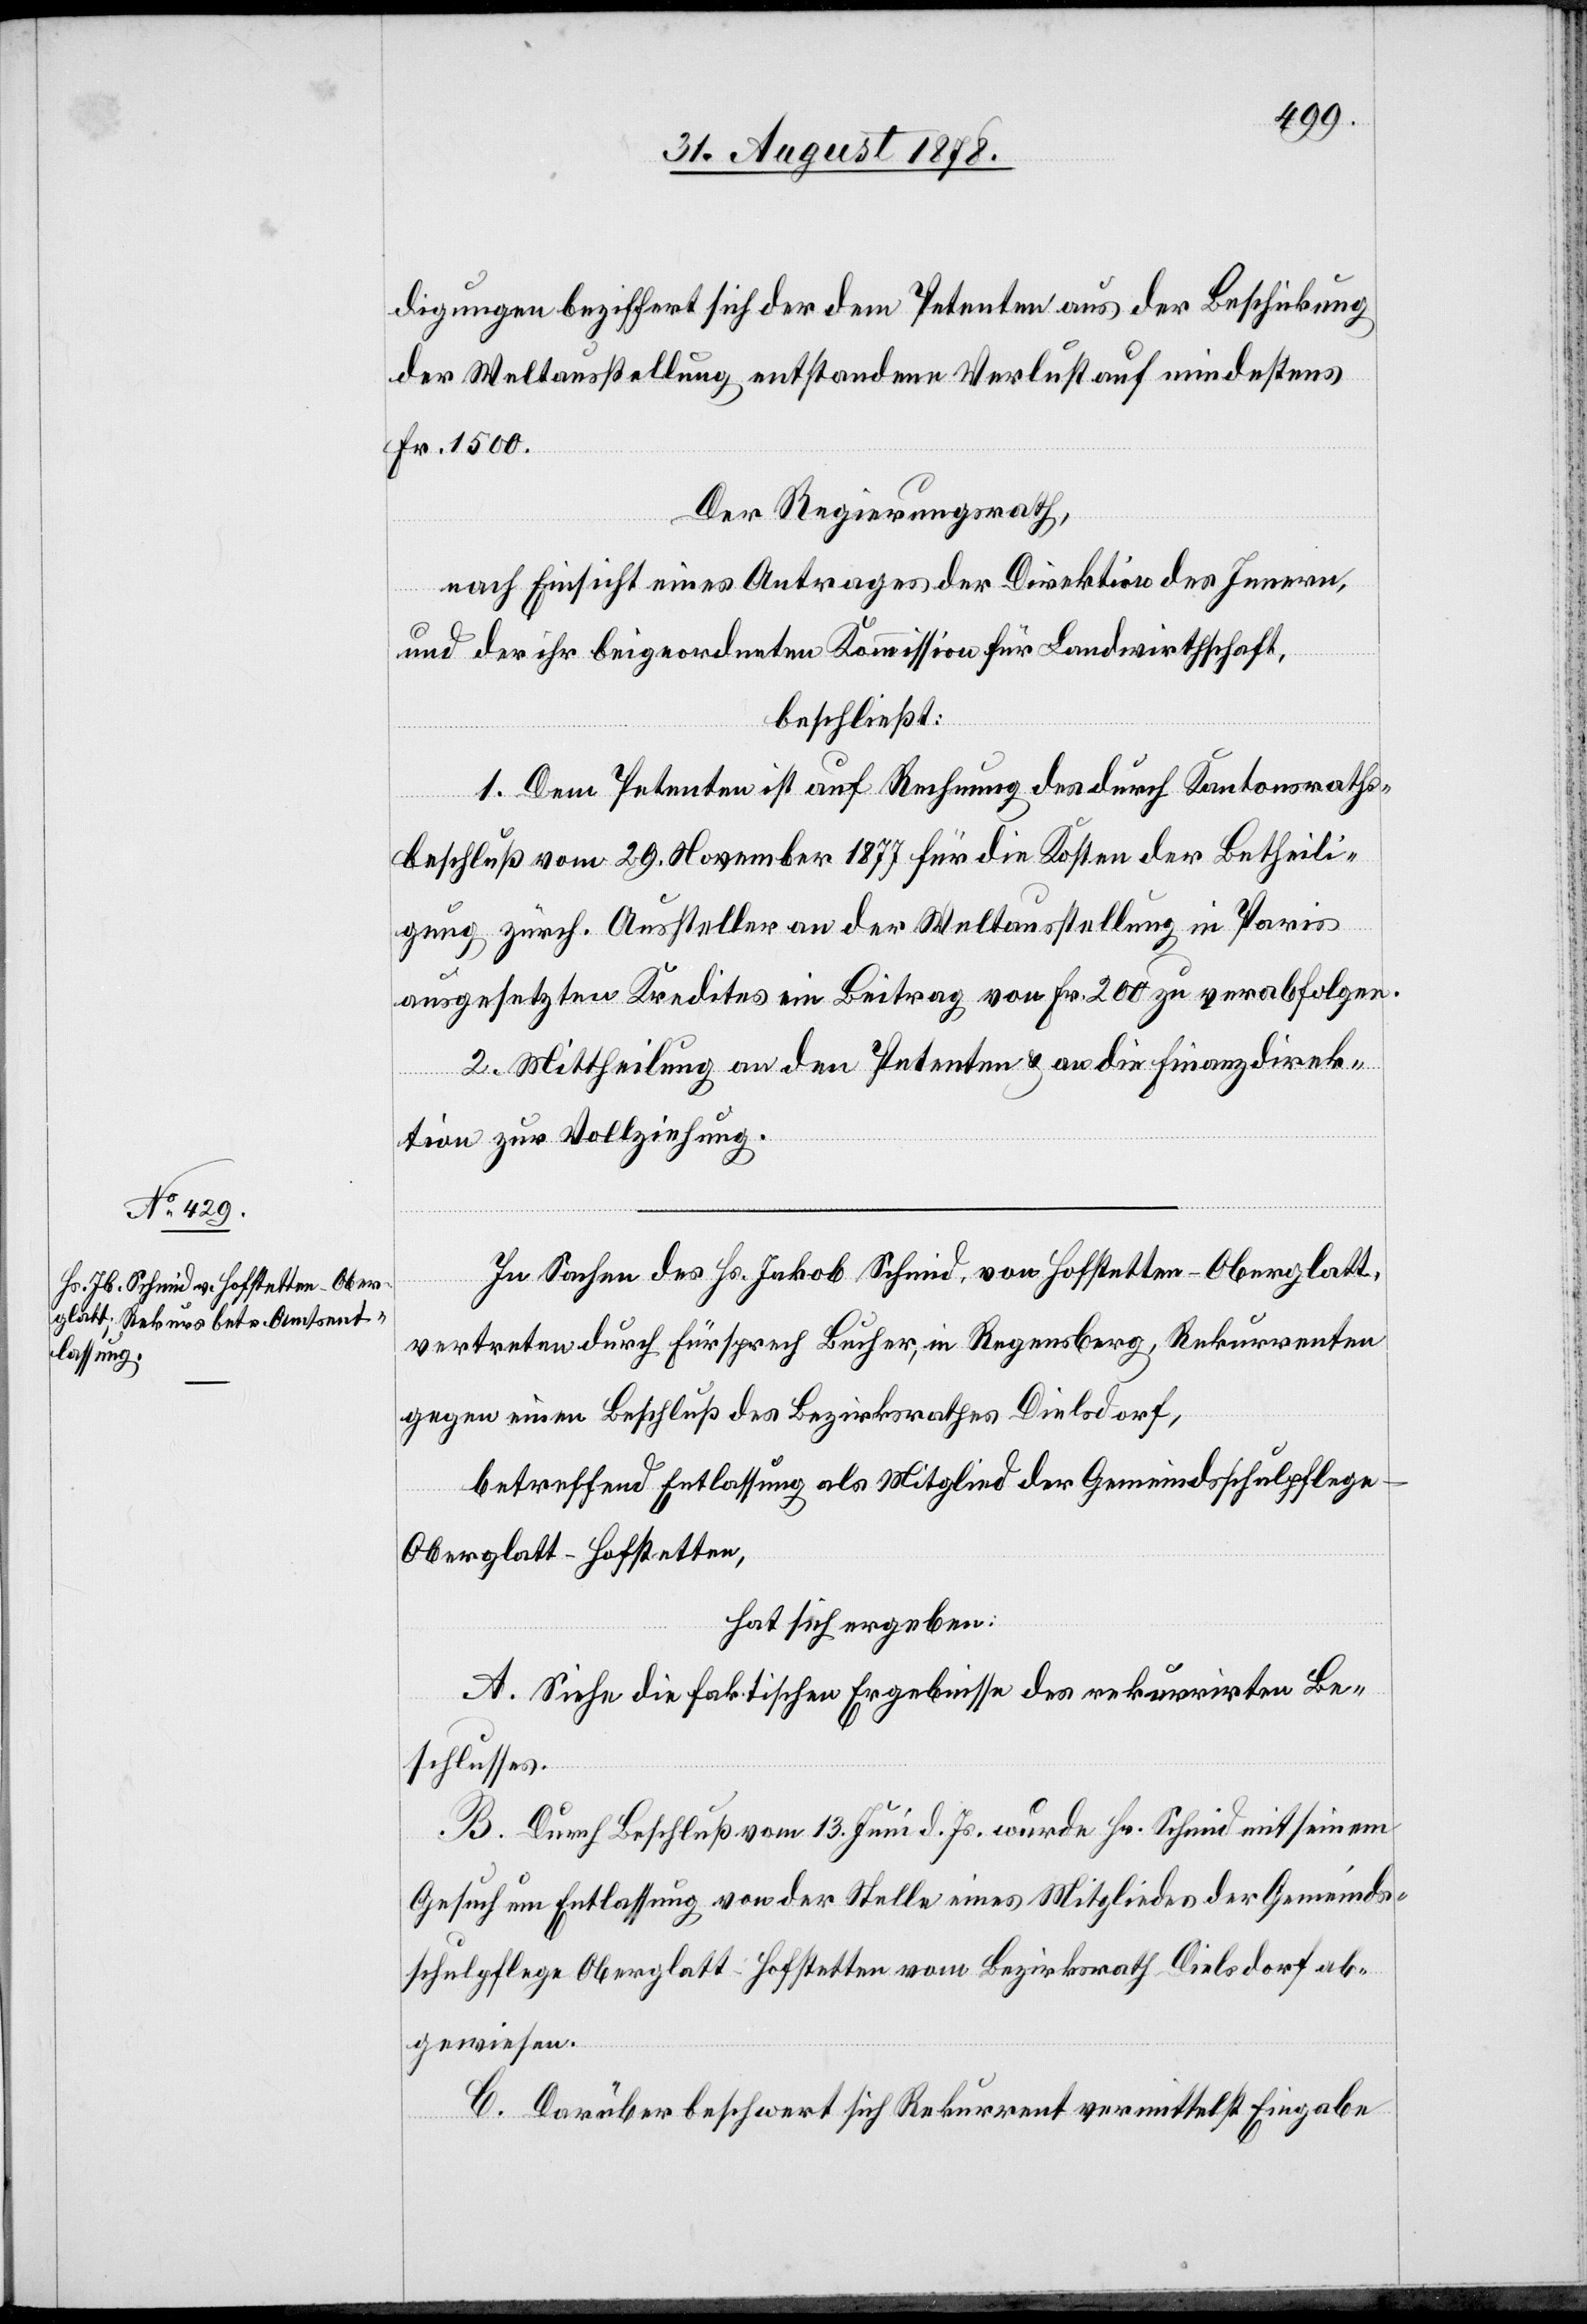
digungen beziffert sich der dem Petenten aus der Beschickung
der Weltausstellung entstandenen Verlust auf mindestens
Fr. 1500.
Der Regierungsrath,
nach Einsicht eines Antrages der Direktion des Innern,
und der ihr beigeordneten Kommission für Landwirthschaft,
beschließt:
1. Dem Petenten ist auf Rechnung des durch Kantonsraths¬
beschluß vom 29. November 1877 für die Kosten der Betheili¬
gung zürch. Aussteller an der Weltausstellung in Paris
ausgesetzten Kredites ein Beitrag von Fr. 200 zu verabfolgen.
2. Mittheilung an den Petenten & an die Finanzdirek¬
tion zur Vollziehung.
In Sachen des Hs. Jakob Schmid, von Hofstetten - Oberglatt,
vertreten durch Fürsprech Bucher, in Regensberg, Rekurrenten
gegen einen Beschluß des Bezirksrathes Dielsdorf,
betreffend Entlassung als Mitglied der Gemeindsschulpflege
Oberglatt - Hofstetten,
hat sich ergeben:
A. Siehe die faktischen Ergebnisse des rekurrirten Be¬
schlusses.
B. Durch Beschluß vom 13. Juni d. Js. wurde Hr. Schmid mit seinem
Gesuch um Entlassung von der Stelle eines Mitgliedes der Gemeinds¬
schulpflege Oberglatt - Hofstetten vom Bezirksrath Dielsdorf ab¬
gewiesen.
C. Darüber beschwert sich Rekurrent vermittelst Eingabe